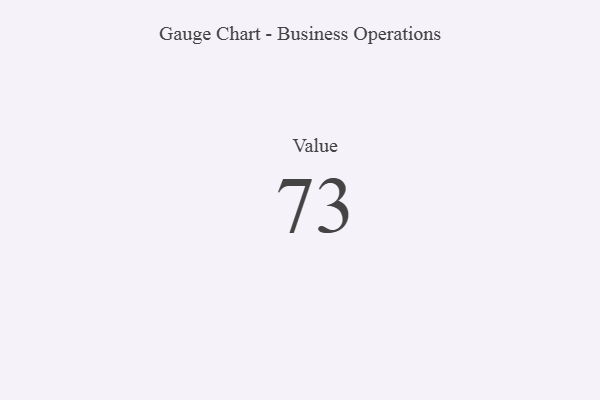
{"axis": {"x": "Metric", "y": "Value"}, "legend": [""], "data": [{"x": "Value", "y": 73, "type": ""}]}